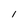
Character: I